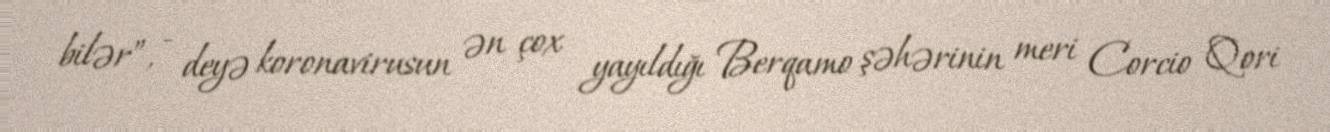
bilər”, - deyə koronavirusun ən çox yayıldığı Berqamo şəhərinin meri Corcio Qori